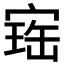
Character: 𡩧